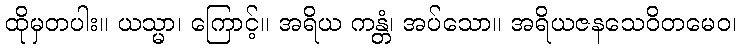
ထိုမှတပါး။ ယသ္မာ၊ ကြောင့်။ အရိယ ကန္တံ၊ အပ်သော။ အရိယဇနသေဝိတမေဝ၊